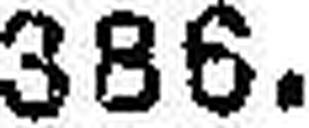
386.—